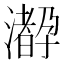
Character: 𤁛